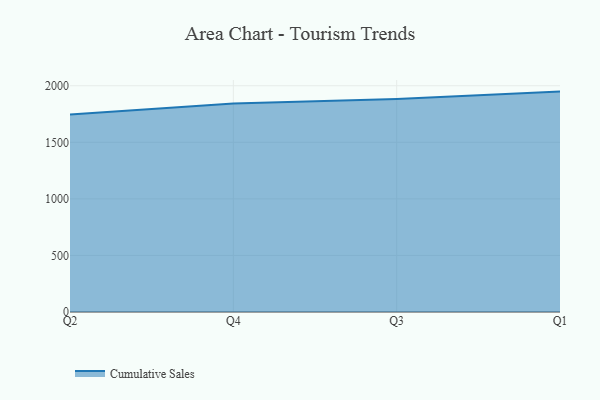
{"axis": {"x": "Quarter", "y": "Website Visitors"}, "legend": ["Cumulative Sales"], "data": [{"x": "Q2", "y": 1746.5, "type": "Cumulative Sales"}, {"x": "Q4", "y": 1843.2, "type": "Cumulative Sales"}, {"x": "Q3", "y": 1882.1, "type": "Cumulative Sales"}, {"x": "Q1", "y": 1948.2, "type": "Cumulative Sales"}]}